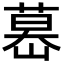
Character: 𦷤